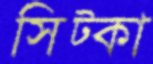
সিট্‌কা